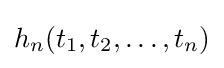
h_{n}(t_{1},t_{2},\ldots ,t_{n})